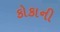
કોકાની